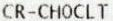
CR-CHOCLT